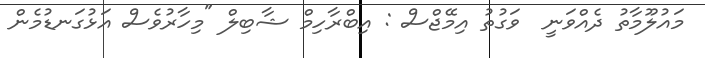
މައުލޫމާތު ދެއްވަނީ  ވަގުތު އިމޭޖްސް : އިބްރާހިމް ޝާބިލް "މިހާރުވެސް އަޅުގަނޑުމެން